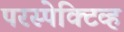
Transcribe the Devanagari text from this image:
परस्पेक्टिव्ह